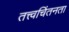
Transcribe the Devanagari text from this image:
तत्त्वचिंतनता